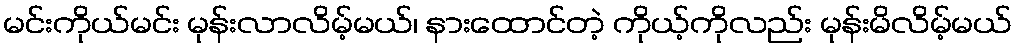
မင်းကိုယ်မင်း မုန်းလာလိမ့်မယ်၊ နားထောင်တဲ့ ကိုယ့်ကိုလည်း မုန်းမိလိမ့်မယ်